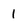
Character: 1